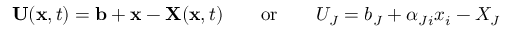
\ \mathbf { U } ( \mathbf { x } , t ) = \mathbf { b } + \mathbf { x } - \mathbf { X } ( \mathbf { x } , t ) \qquad { \mathrm { o r } } \qquad U _ { J } = b _ { J } + \alpha _ { J i } x _ { i } - X _ { J }